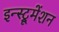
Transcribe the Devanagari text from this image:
इन्‍स्ट्रूमेंशन